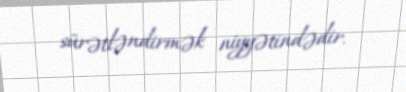
sürətləndirmək niyyətindədir.